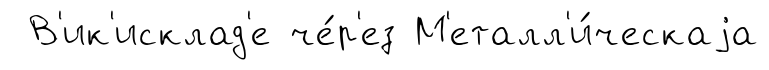
В'ик'исклад'е че́р'ез М'еталл'и́ческаjа